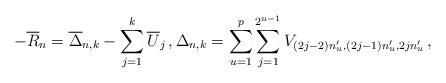
LaTeX: \begin{align*}-\overline{R}_n &= \overline{\Delta}_{n,k} - \sum_{j=1}^k \overline{U}_j \,, \Delta_{n,k} =\sum_{u=1}^p \sum_{j=1}^{2^{u-1}} V_{(2j-2) n_u', (2j-1) n_u' ,2j n_u'} \,,\end{align*}